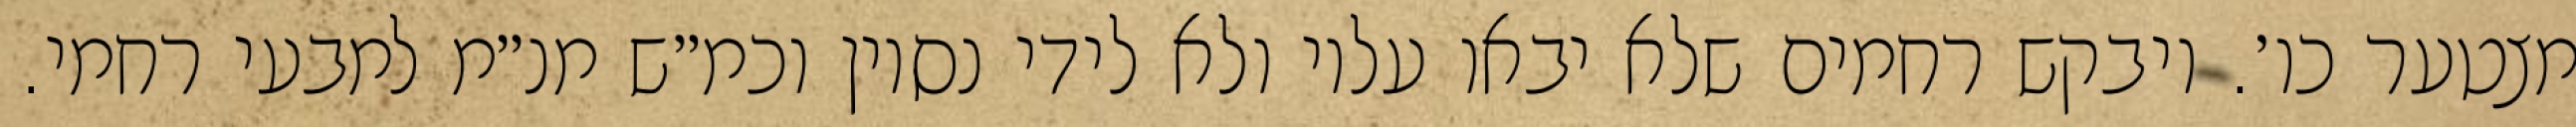
מצטער כו׳. ויבקש רחמים שלא יבאו עליו ולא לידי נסיון וכמ״ש מנ״מ למבעי רחמי.